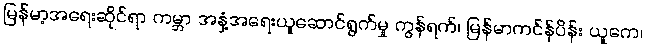
မြန်မာ့အရေးဆိုင်ရာ ကမ္ဘာ အနှံ့အရေးယူဆောင်ရွက်မှု ကွန်ရက်၊ မြန်မာကင်န်ပိန်း ယူကေ၊